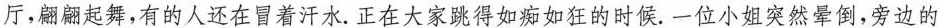
厅，翩翩起舞，有的人还在冒着汗水。正在大家跳得如痴如狂的时候。一位小姐突然晕倒，旁边的